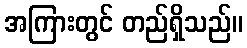
အကြားတွင် တည်ရှိသည်။